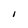
Character: I